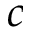
c